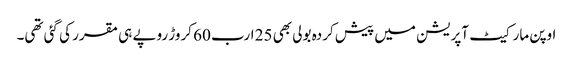
اوپن مارکیٹ آپریشن میں پیش کردہ بولی بھی 25 ارب 60 کروڑ روپے ہی مقرر کی گئی تھی۔